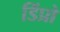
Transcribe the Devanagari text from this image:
डिंप्रो